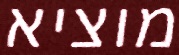
מוציא